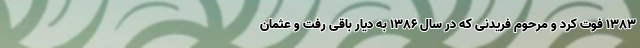
۱۳۸۳ فوت کرد و مرحوم فریدنی که در سال ۱۳۸۶ به دیار باقی رفت و عثمان